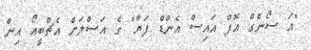
"އަ ސޯންގް އޮފް އައިސް އެންޑް ފަޔާ" ގެ އަސްލަށް އެޗްބީއޯ އިން